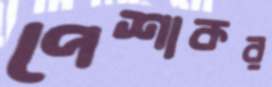
পেশাকর